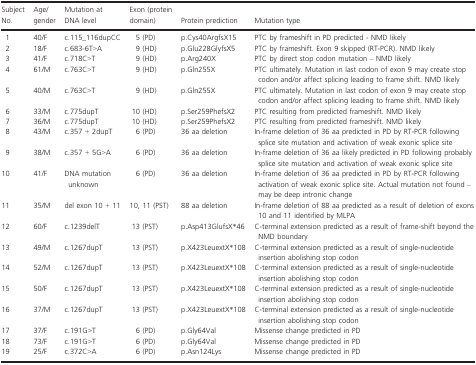
<table><thead><tr><td><b>Subject No.</b></td><td><b>Age/gender</b></td><td><b>Mutation at DNA level</b></td><td><b>Exon (protein domain)</b></td><td><b>Protein prediction</b></td><td><b>Mutation type</b></td></tr></thead><tbody><tr><td>1</td><td>40/F</td><td>c.115_116dupCC</td><td>5 (PD)</td><td>p.Cys40ArgfsX15</td><td>PTC by frameshift in PD predicted ‐ NMD likely</td></tr><tr><td>2</td><td>18/F</td><td>c.683‐6T&gt;A</td><td>9 (HD)</td><td>p.Glu228GlyfsX5</td><td>PTC by frameshift. Exon 9 skipped (RT‐PCR). NMD likely</td></tr><tr><td>3</td><td>41/F</td><td>c.718C&gt;T</td><td>9 (HD)</td><td>p.Arg240X</td><td>PTC by direct stop codon mutation – NMD likely</td></tr><tr><td>4</td><td>61/M</td><td>c.763C&gt;T</td><td>9 (HD)</td><td>p.Gln255X</td><td>PTC ultimately. Mutation in last codon of exon 9 may create stop codon and/or affect splicing leading to frame shift. NMD likely</td></tr><tr><td>5</td><td>40/M</td><td>c.763C&gt;T</td><td>9 (HD)</td><td>p.Gln255X</td><td>PTC ultimately. Mutation in last codon of exon 9 may create stop codon and/or affect splicing leading to frame shift. NMD likely</td></tr><tr><td>6</td><td>33/M</td><td>c.775dupT</td><td>10 (HD)</td><td>p.Ser259PhefsX2</td><td>PTC resulting from predicted frameshift. NMD likely</td></tr><tr><td>7</td><td>36/M</td><td>c.775dupT</td><td>10 (HD)</td><td>p.Ser259PhefsX2</td><td>PTC resulting from predicted frameshift. NMD likely</td></tr><tr><td>8</td><td>43/M</td><td>c.357 + 2dupT</td><td>6 (PD)</td><td>36 aa deletion</td><td>In‐frame deletion of 36 aa predicted in PD by RT‐PCR following splice site mutation and activation of weak exonic splice site</td></tr><tr><td>9</td><td>38/M</td><td>c.357 + 5G&gt;A</td><td>6 (PD)</td><td>36 aa deletion</td><td>In‐frame deletion of 36 aa likely predicted in PD following probably splice site mutation and activation of weak exonic splice site</td></tr><tr><td>10</td><td>41/F</td><td>DNA mutation unknown</td><td>6 (PD)</td><td>36 aa deletion</td><td>In‐frame deletion of 36 aa predicted in PD by RT‐PCR following activation of weak exonic splice site. Actual mutation not found – may be deep intronic change</td></tr><tr><td>11</td><td>35/M</td><td>del exon 10 + 11</td><td>10, 11 (PST)</td><td>88 aa deletion</td><td>In‐frame deletion of 88 aa predicted as a result of deletion of exons 10 and 11 identified by MLPA</td></tr><tr><td>12</td><td>60/F</td><td>c.1239delT</td><td>13 (PST)</td><td>p.Asp413GlufsX*46</td><td>C‐terminal extension predicted as a result of frame‐shift beyond the NMD boundary</td></tr><tr><td>13</td><td>49/M</td><td>c.1267dupT</td><td>13 (PST)</td><td>p.X423LeuextX*108</td><td>C‐terminal extension predicted as a result of single‐nucleotide insertion abolishing stop codon</td></tr><tr><td>14</td><td>52/M</td><td>c.1267dupT</td><td>13 (PST)</td><td>p.X423LeuextX*108</td><td>C‐terminal extension predicted as a result of single‐nucleotide insertion abolishing stop codon</td></tr><tr><td>15</td><td>50/F</td><td>c.1267dupT</td><td>13 (PST)</td><td>p.X423LeuextX*108</td><td>C‐terminal extension predicted as a result of single‐nucleotide insertion abolishing stop codon</td></tr><tr><td>16</td><td>37/M</td><td>c.1267dupT</td><td>13 (PST)</td><td>p.X423LeuextX*108</td><td>C‐terminal extension predicted as a result of single‐nucleotide insertion abolishing stop codon</td></tr><tr><td>17</td><td>37/F</td><td>c.191G&gt;T</td><td>6 (PD)</td><td>p.Gly64Val</td><td>Missense change predicted in PD</td></tr><tr><td>18</td><td>73/F</td><td>c.191G&gt;T</td><td>6 (PD)</td><td>p.Gly64Val</td><td>Missense change predicted in PD</td></tr><tr><td>19</td><td>25/F</td><td>c.372C&gt;A</td><td>6 (PD)</td><td>p.Asn124Lys</td><td>Missense change predicted in PD</td></tr></tbody></table>